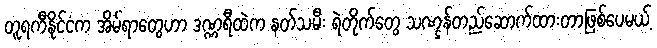
တူရကီနိုင်ငံက အိမ်ရာတွေဟာ ဒဏ္ဏရီထဲက နတ်သမီး ရဲတိုက်တွေ သဏ္ဌန်တည်ဆောက်ထားတာဖြစ်ပေမယ့်